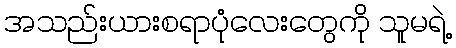
အသည်းယားစရာပုံလေးတွေကို သူမရဲ့